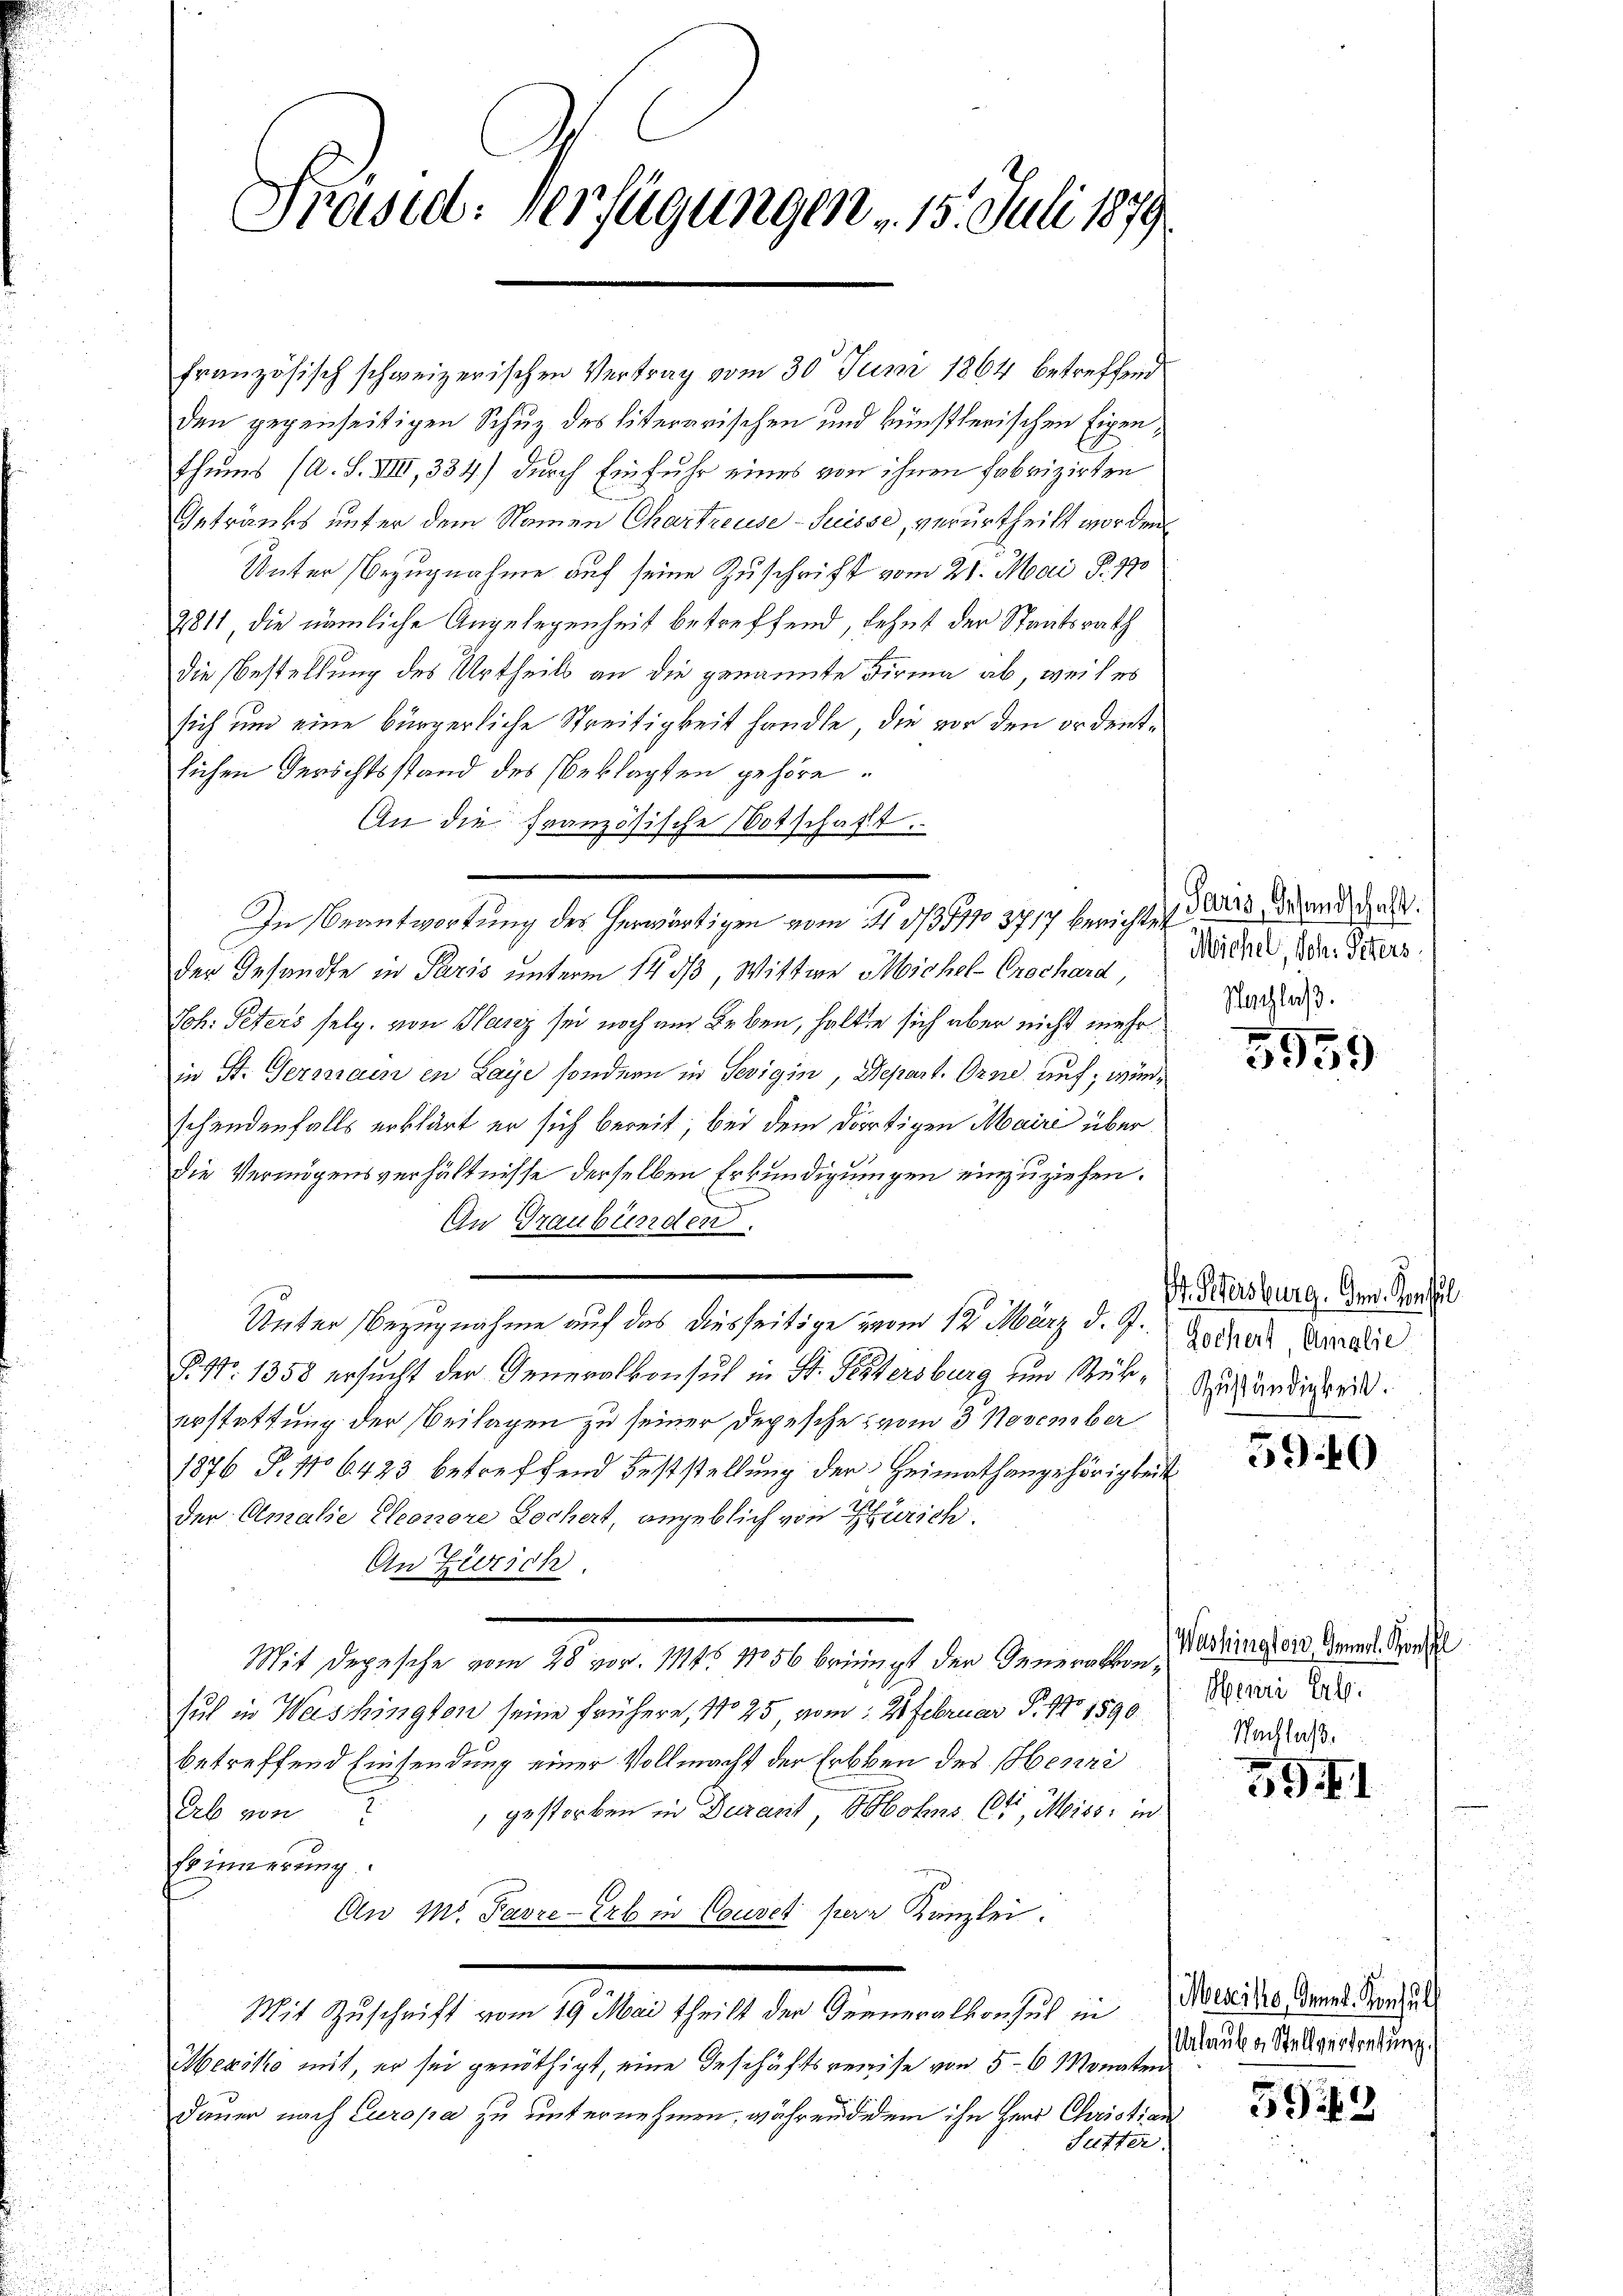
Preisid. Verfügungen . 15. Juli 1879

französisch schweizerischen Vertrag vom 30t Juni 1864 betreffend
den gegenseitigen Schuz des literarischen und künstlerischen Eigen,
thums (A. S. VIII, 334.) durch Einfuhr eines von ihnen Fabrizirten
Getränks unter dem Namen Chartreuse - Suisse, verurtheilt worden.
Unter Bezugnahme auf seine Zuschrift vom 21. Mai d. 170
2811, die nämliche Angelegenheit betreffend, lehnt der Staatsrath
die Bestellung des Urtheils an die genannte Firma ab weil es
sich und eine bürgerliche Streitigkeit handle, die vor den ordentlichen Gerichtsstand des Beklagten gehöre.
An die französische Botschaft.
der Gesandte in Paris unterm 14. dβ, Wittwe Michel-Crochard
Joh: Peters selg. von Glanz sei noch am Leben, halten sich aber nicht mehrin St. Germain in Laye, sondern in Sevigin, Depart. Orne, auf; wünschendenfalls erklärt er sich bereit, bei dem dortigen Mairi über
Die Vermögensverhältnisse derselben Erkundigungen einzuziehen.
e
In Graubünden.
Unter Bezugnahme auf das diesseitige vom 12. März d. J.
P. Nr. 1358 ersucht der Generalkonsul in St. Petersburg zum Rükerstattung der Beilagen zu seiner Depesche vom 3. November
st
1876 P. No 6423 betreffend Feststellung der Heimathangehörigkeit
der Amalie Pleonore Lochert, angeblich von Zürich.
An Zürich.
Mit Depesche vom 28 vor. Mts. 156 bringt der Generalkonsuch in Washington seine frühere, No 25, vom 2. Februar P. Nr. 1590
betreffend Einsendung einer Vollmacht der Erbben des Henzi
Erb von gestorben in Duracit Sohns Ott, Missi in
Erinnerung
An Mr. Favre-Erb in Couvel herr Kanzlei.
e
Mit Zuschrift vom 19. Mai theilt der Generalkonsul in Notaire, denen Tonhal
Mexiko mit, er sei genöthigt, eine Geschäftsreise von 5-6 Monaten
dauer nach Europa zu unternehmen, währendedem ihn Herr Christian
Sutter.

In Beantwortung des herwärtigen vom 11. 3/3511o 3717 berichtet ders Grund gut.

Michel, Joh. Peters
Nachlaß.

n
3959

I. Petersburg. Im Sensel
Gochert Amalie
Zuständigkeit.

5940

Washingtoir, Generl. Konfl
Henri Erbe.
Nachlaß.

59

Urlauben Stellvertretung.

5949